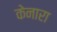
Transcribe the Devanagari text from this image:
केनारा